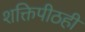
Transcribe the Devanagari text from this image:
शक्तिपीठही